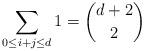
LaTeX: \begin{align*}\sum_{0 \leq i + j \leq d} 1 = {d + 2 \choose 2}\end{align*}